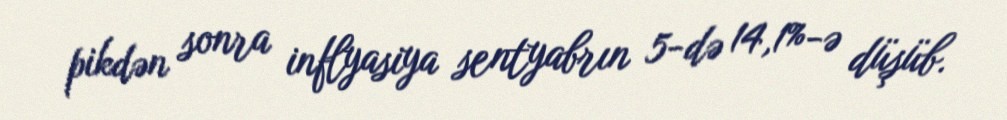
pikdən sonra inflyasiya sentyabrın 5-də 14,1%-ə düşüb.